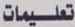
تعليمات